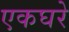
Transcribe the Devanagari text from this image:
एकघरे